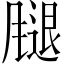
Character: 𫗁